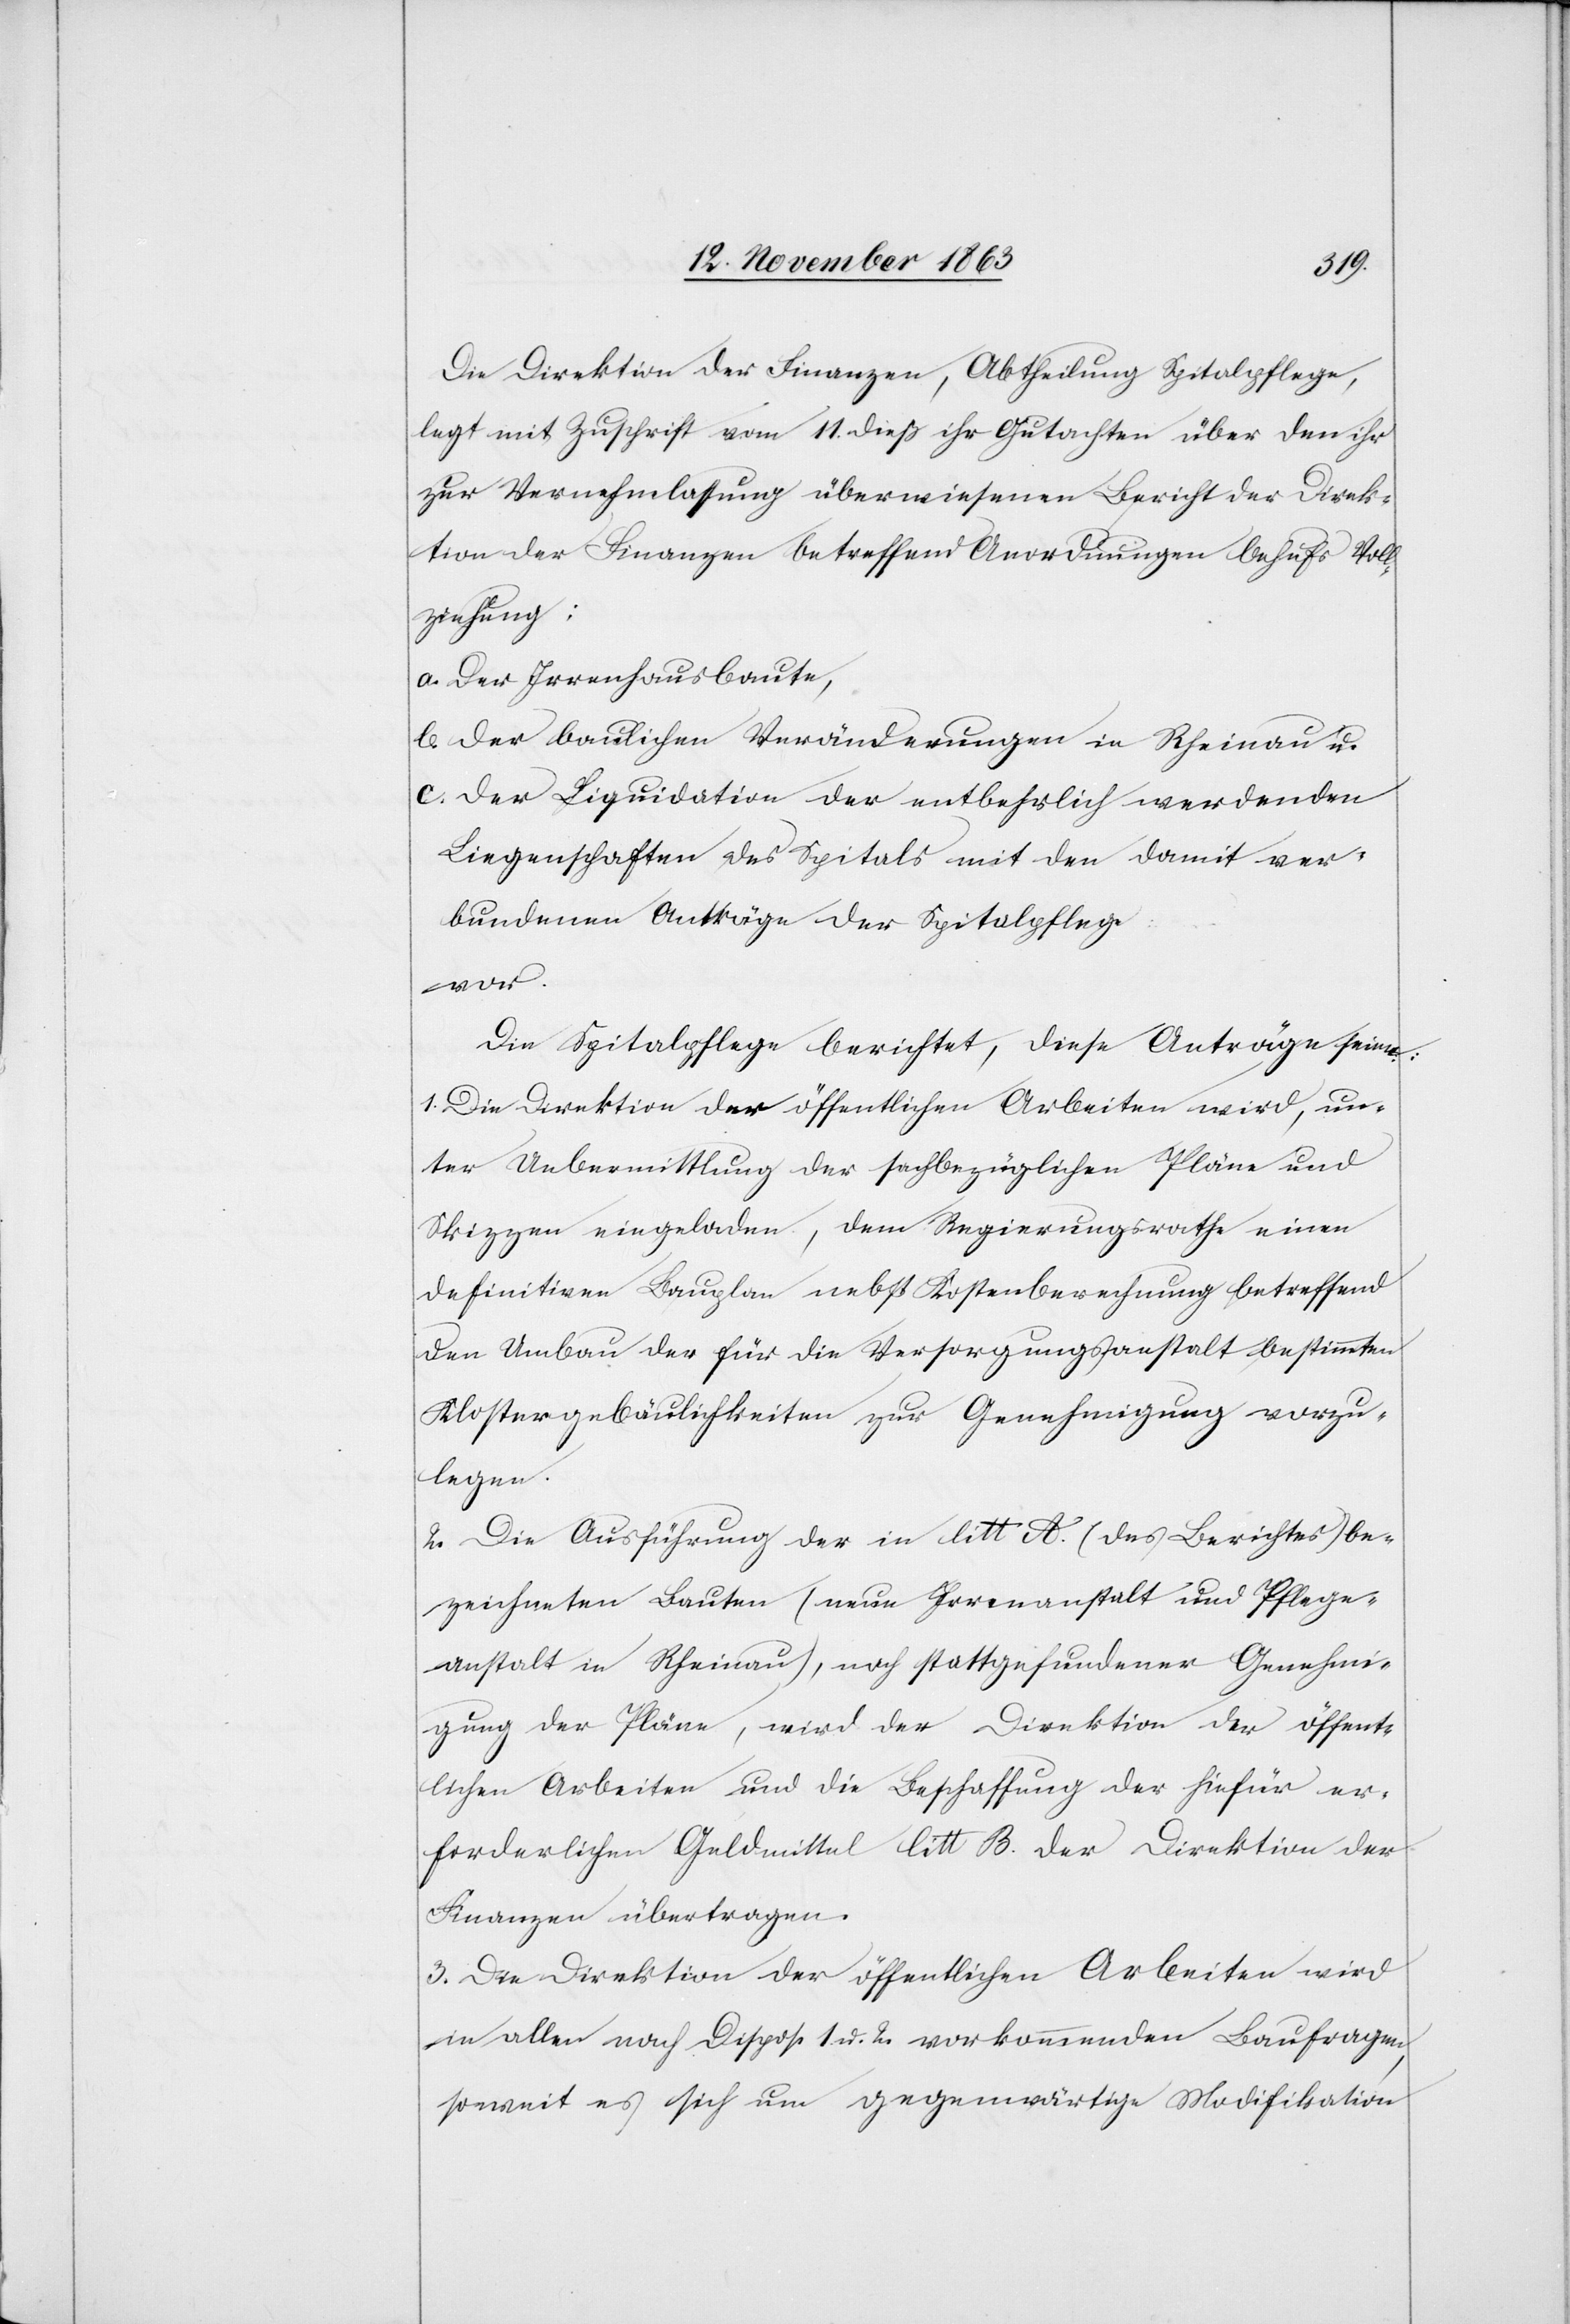
Die Direktion der Finanzen, Abtheilung Spitalpflege,
legt mit Zuschrift vom 11. dieß ihr Gutachten über den ihr
zur Vernehmlassung überwiesenen Bericht der Direk¬
tion der Finanzen betreffend Anordnungen behufs Voll¬
ziehung:
a. Der Irrenhausbaute,
b. Der baulichen Veränderungen in Rheinau u.
c. Der Liquidation der entbehrlich werdenden
Liegenschaften des Spitals mit den damit ver¬
bundenen Anträge[n] der Spitalpflege
vor.
Die Spitalpflege berichtet, diese Anträge seien:
1. Die Direktion der öffentlichen Arbeiten wird, un¬
ter Uebermittlung der sachbezüglichen Pläne und
Skizzen eingeladen, dem Regierungsrathe einen
definitiven Bauplan nebst Kostenberechnung betreffend
den Umbau der für die Versorgungsanstalt bestimmten
Klostergebäulichkeiten zur Genehmigung vorzu¬
legen.
2. Die Ausführung der in litt A. (des Berichtes) be¬
zeichneten Bauten (neue Irrenanstalt und Pflege¬
anstalt in Rheinau), nach stattgefundener Genehmi¬
gung der Pläne, wird der Direktion der öffent¬
lichen Arbeiten und die Beschaffung der hiefür er¬
forderlichen Geldmittel litt B. der Direktion der
Finanzen übertragen.
3. Die Direktion der öffentlichen Arbeiten wird
in allen nach Dispos. 1 u. 2. vorkommenden Baufragen,
soweit es sich um gegenwärtige Modifikation